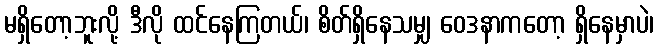
မရှိတော့ဘူးလို့ ဒီလို ထင်နေကြတယ်၊ စိတ်ရှိနေသမျှ ဝေဒနာကတော့ ရှိနေမှာပဲ၊